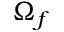
\Omega _ { f }